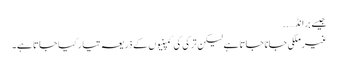
جیسے برانڈ… ..
غیر ملکی جانا جاتا ہے لیکن ترکی کی کمپنیوں کے ذریعہ تیار کیا جاتا ہے۔